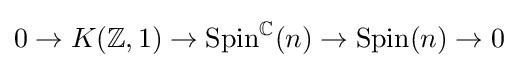
0\to K(\mathbb {Z} ,1)\to \operatorname {Spin} ^{\mathbb {C} }(n)\to \operatorname {Spin} (n)\to 0